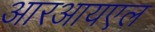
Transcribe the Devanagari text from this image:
आरआयएल